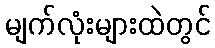
မျက်လုံးများထဲတွင်